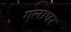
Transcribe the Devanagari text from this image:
गलाघर